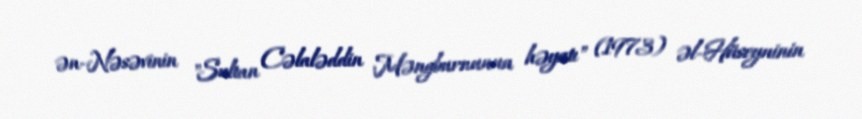
ən-Nəsəvinin "Sultan Cəlaləddin Məngburnunun həyatı" (1973) əl-Hüseyninin